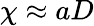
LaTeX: \chi\approx aD